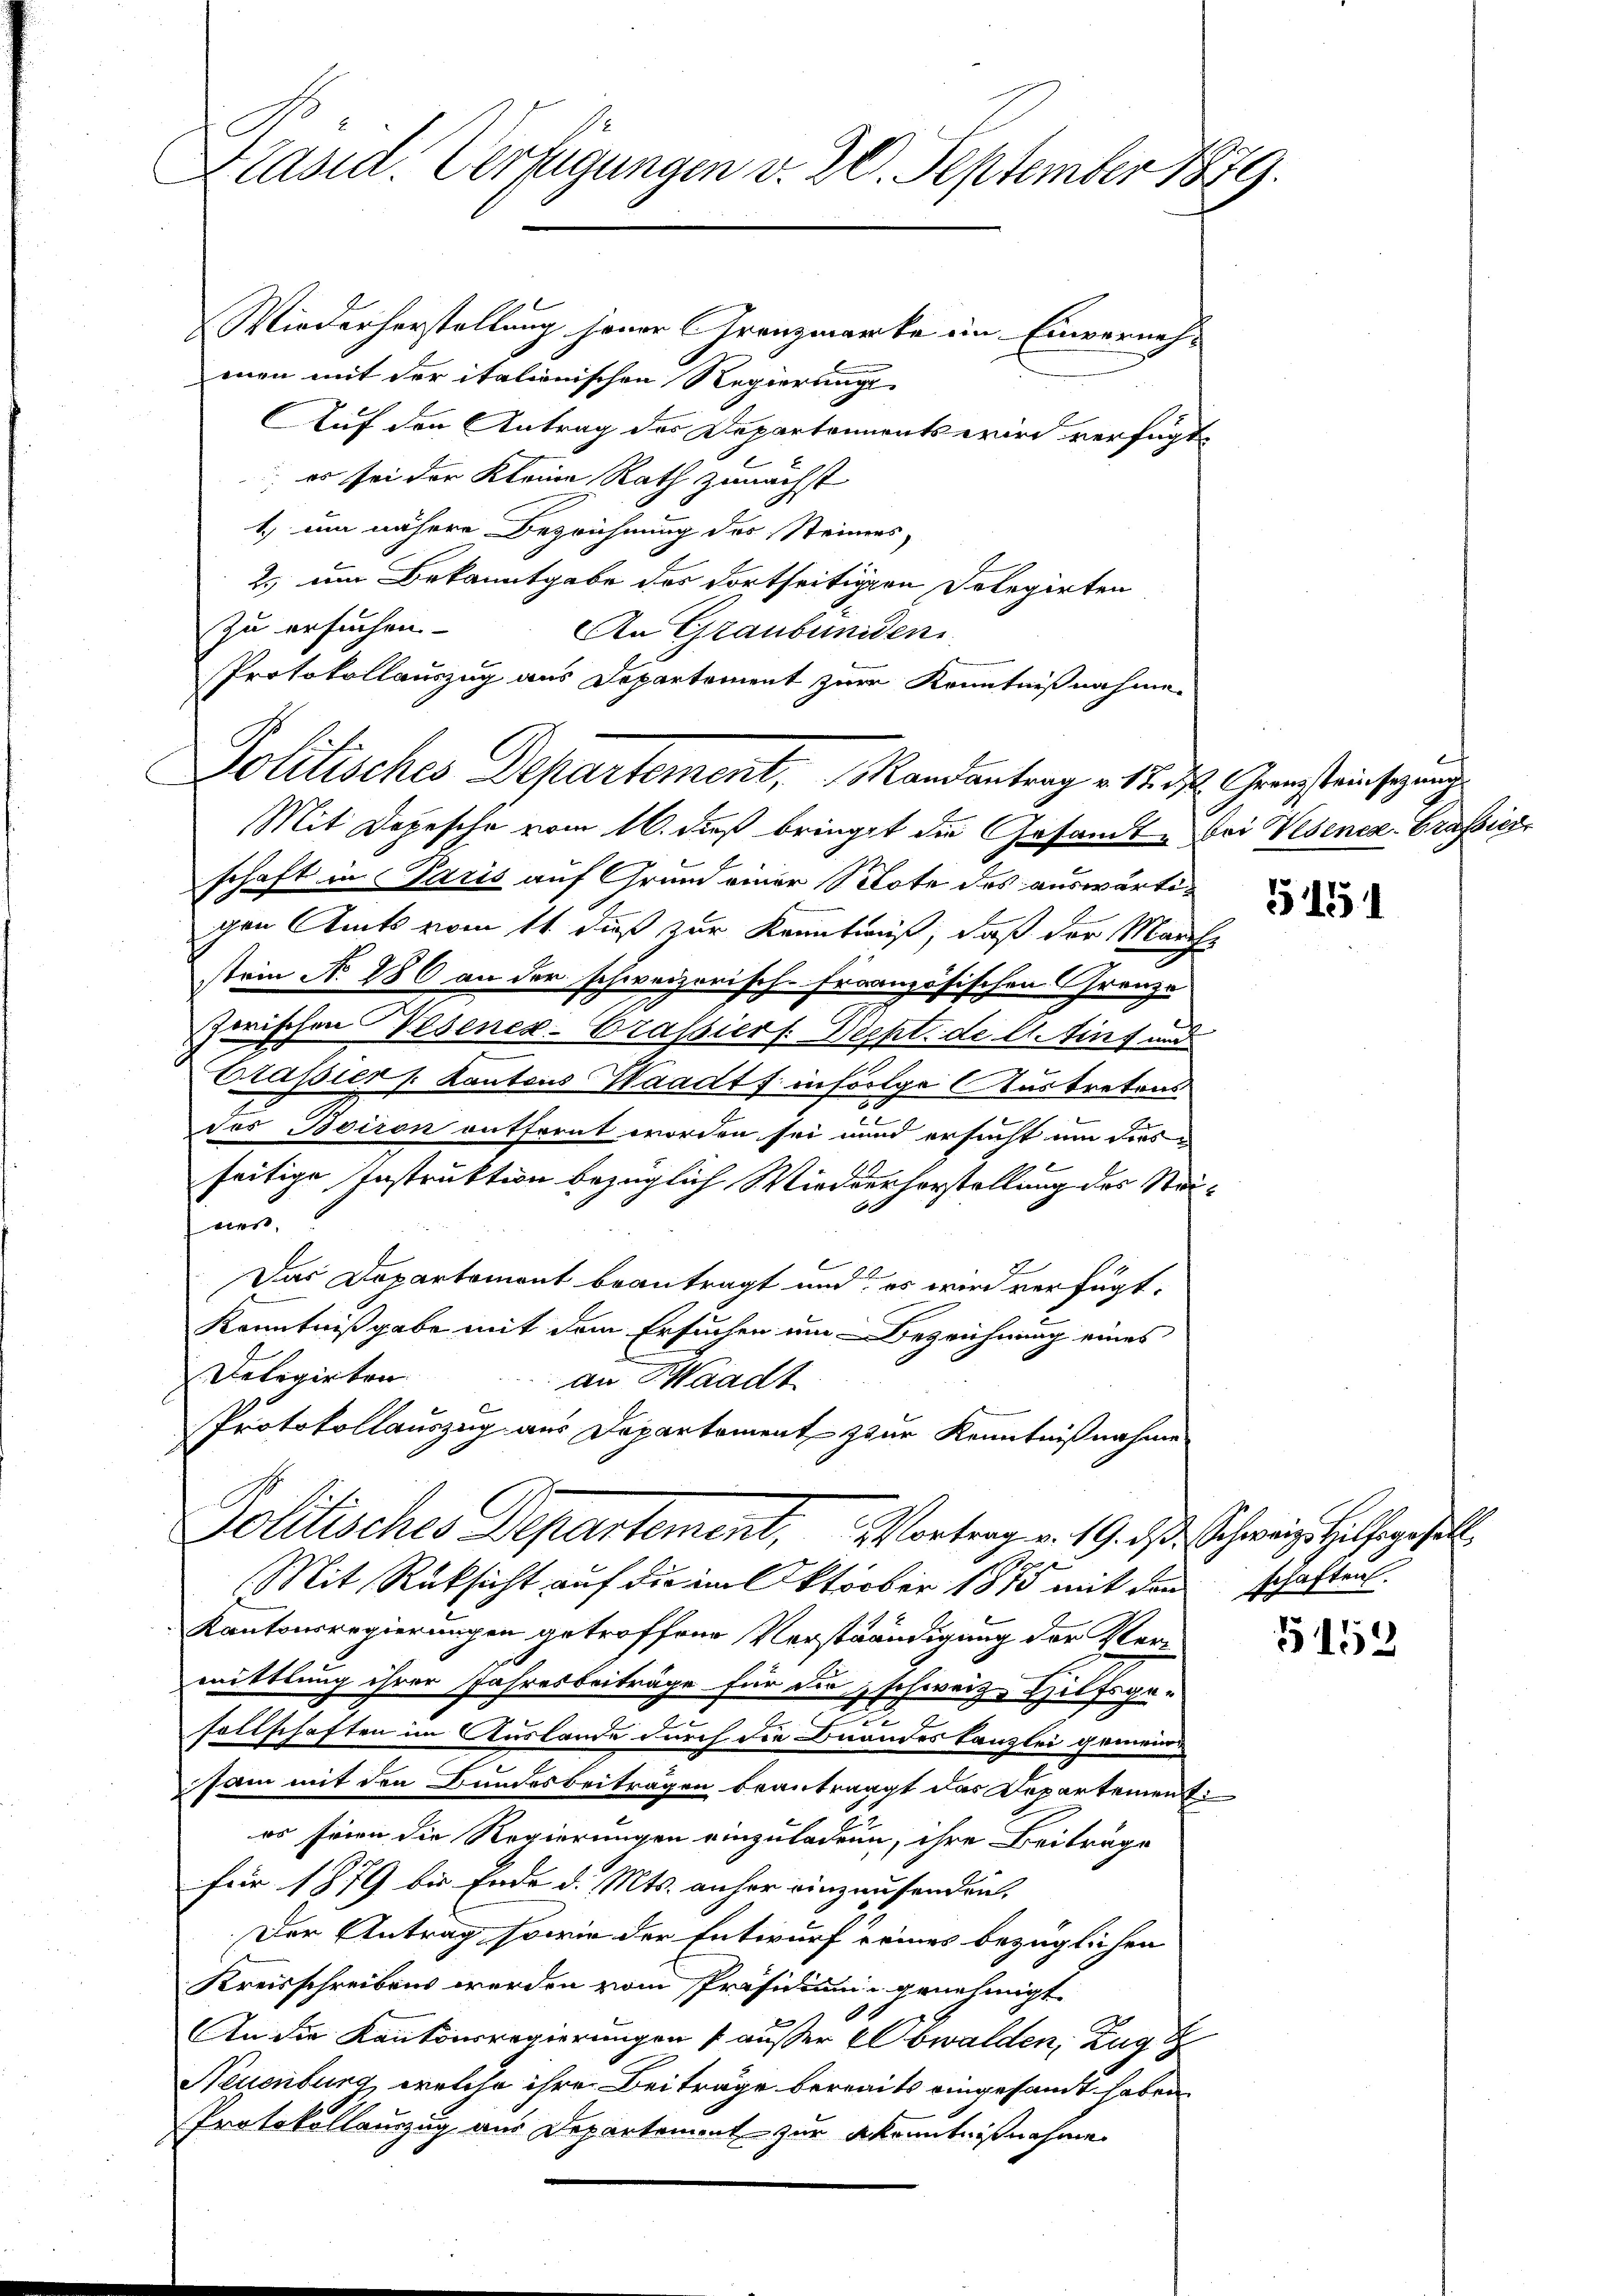
Präsid. Verfügungen v. 20. September 1879.

Wiederherstellung jener Grenzmarke ein Einverneh-
men mit der italienischen Regierungs-
Auf den Antrag der Departements wird verfügt
; er sei der Kleine Rath zunächst
1.) um nähere Bezeichnung des Steiners,
2. um Bekanntgabe des dortseitigen Delegirten
zu ersuchen.
An Graubuniden
Protokollauszug aus Departement zur Kenntnißnahme.
Mit Depesche vom 16. dieß bringet die Gesamte bei Wesener-Grassier
schaft in Paris auf Grund einer Note des auswärtigen Amts vom 11. dieß zur Kenntnuß, daß der Marche
stein N. 286 an der schweizerisch-Französischen Grenze
zwischen Wesenex-Crassiers. Deckt. de lt. Eins und
Classier Kantons Haadts. infolge Austretens
des Boiron entfernt worden sei unnd ersucht um dies
seitige Instruktion bezüglich Wiederhorstellung des Stei¬
A
fner,
6
Es
Das Departement beantragt und es wird verfügt:
Kenntnißgabe mit dem Ersuchen um Bezeichnung eines
Delegirten
an Waadt
Protokollauszug aus Departement zur Kenntnißnahme
Politisches Departement, Vortrag v. 19. ds Schweiz. Hilfe gefall
p
Mit Rüksicht auf die im Oktober 1813 mit den
Kantonsregierungen getroffene Verständigung der Vermittlung ihrer Jahresbeiträge für die schweiz. Hilfsge¬
.
sellschaften im Auslande durch die Beandeskanzlei gemeinde
sam mit den Bundesbeiträgen beantragt das Departement
es seien die Regierungen einzuladen, ihre Beiträge
für 1879 bis Ende d. Mts. anher einzausenden.
Der Antrag sowie der Entwurf eines bezüglichen
Kreisschreibens werden vom Präsidium genehmigt.
0
An die Kantonsregierungen ausser Obwalden, Zug 8
Neuenburg, welche ihre Beiträge bereits eingesamt haben.
Protokollauszug aus Departement zur kenntnißnahme

Politisches Departement, Randantrag v. M. h. Grenzsteinsetzung

5151

schaften.

5152